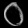
Digit: ၀